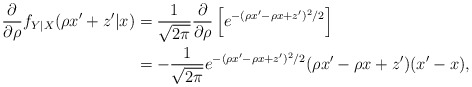
\begin{align*}\dfrac{\partial}{\partial\rho} f_{Y|X}(\rho x'+z'|x)&=\frac{1}{\sqrt{2\pi}} \dfrac{\partial}{\partial\rho} \left[e^{-(\rho x'- \rho x+z')^2/2}\right]\\&=-\frac{1}{\sqrt{2\pi}} e^{-(\rho x'- \rho x+z')^2/2} (\rho x' - \rho x + z') (x'-x),\end{align*}